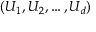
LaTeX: ( U _ { 1 } , U _ { 2 } , \dots , U _ { d } )